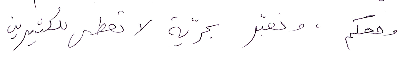
ومعكم، ونعبّر بحريَّة لا تعطى للكثيرين